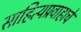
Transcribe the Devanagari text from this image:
साहित्यप्रवाहाचे